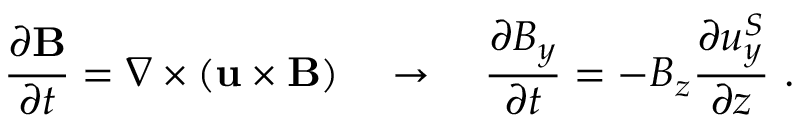
\frac { \partial \mathbf { B } } { \partial t } = \nabla \times ( \mathbf { u } \times \mathbf { B } ) \quad \rightarrow \quad \frac { \partial B _ { y } } { \partial t } = - B _ { z } \frac { \partial u _ { y } ^ { S } } { \partial z } ~ .